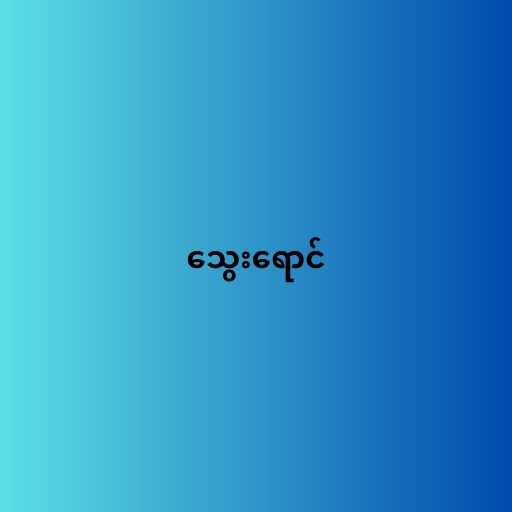
သွေးရောင်